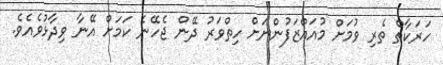
ހަރަކާތް ތެރި ވުމަށް މުއައްޒަފުންނަށް ހިތްވަރު ދޭން ޖެހޭނެ ކަމަށް އޭނާ ވިދާޅުވެއެވެ.